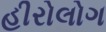
હીરોલોગ